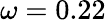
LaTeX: \omega=0.22